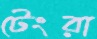
টেংরা